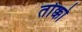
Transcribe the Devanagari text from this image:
तोक्को